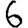
Digit: 6